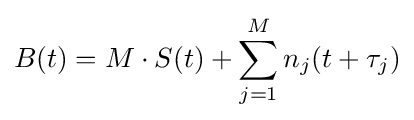
B(t)=M\cdot S(t)+\sum _{j=1}^{M}n_{j}(t+\tau _{j})